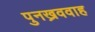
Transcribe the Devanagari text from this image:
पुनख्रववाह